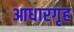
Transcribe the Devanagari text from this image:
आधारगृह